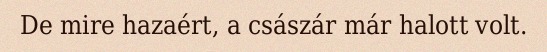
De mire hazaért, a császár már halott volt.